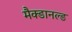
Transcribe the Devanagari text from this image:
मैक्डानल्ड